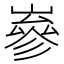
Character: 嵾